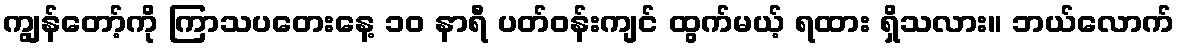
ကျွန်တော့်ကို ကြာသပတေးနေ့ ၁၀ နာရီ ပတ်ဝန်းကျင် ထွက်မယ့် ရထား ရှိသလား။ ဘယ်လောက်